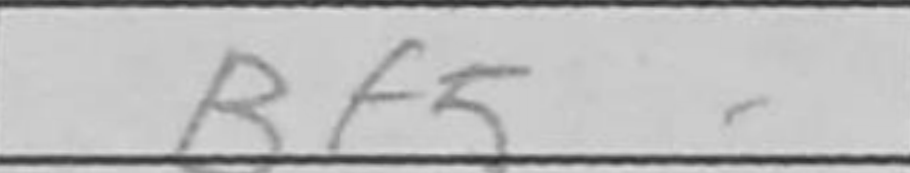
Transcription: Bf5